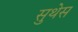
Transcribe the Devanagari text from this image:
सुथेस